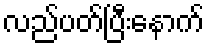
လည်ပတ်ပြီးနောက်